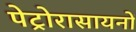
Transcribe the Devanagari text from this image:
पेट्रोरासायनों